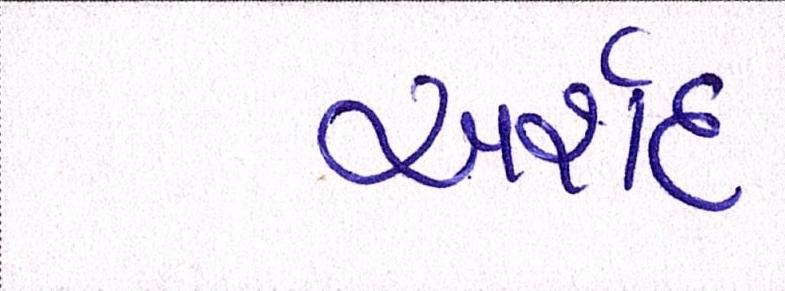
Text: અર્શદ